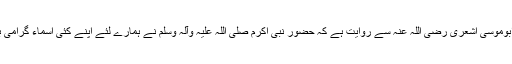
حضرت ابوموسیٰ اشعری رضی اللہ عنہ سے روایت ہے کہ حضور نبی اکرم صلی اللہ علیہ وآلہ وسلم نے ہمارے لئے اپنے کئی اسماء گرامی بیان کئے۔